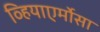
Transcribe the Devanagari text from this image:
व्हियाएर्मोसा